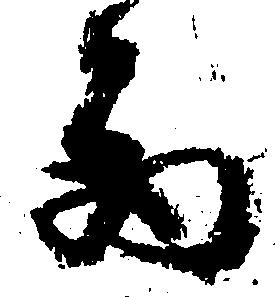
西